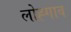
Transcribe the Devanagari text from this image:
लोह्गाव